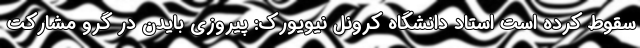
سقوط کرده است استاد دانشگاه کرونل نیویورک: پیروزی بایدن در گرو مشارکت